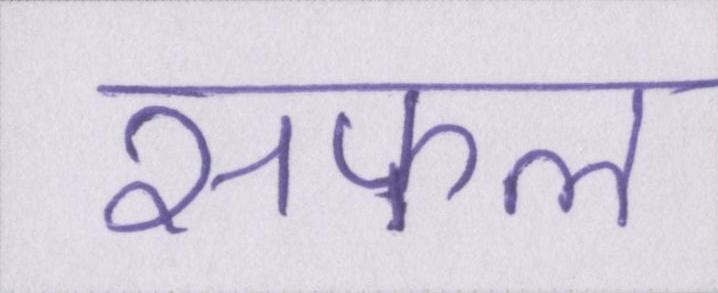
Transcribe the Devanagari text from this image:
सफल